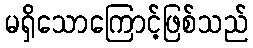
မရှိသောကြောင့်ဖြစ်သည်